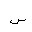
Letter: _sin